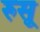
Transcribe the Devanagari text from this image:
रुसू